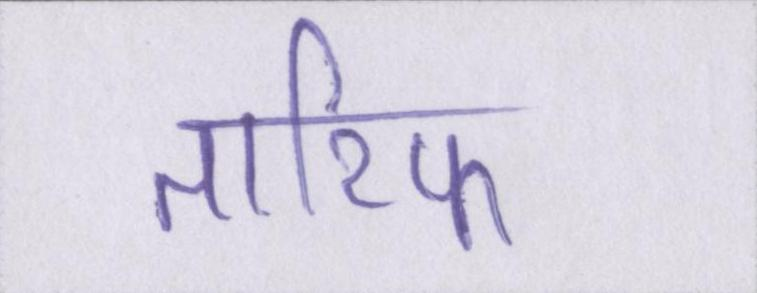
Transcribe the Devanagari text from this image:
तारिफ